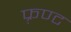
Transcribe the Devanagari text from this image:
फ़्रण्ट